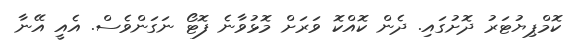
ކޮމްޕިޔުޓަރު ދޮށުގައި. ދެން ކޮއްކޮ ވަރަށް މޮޅުވާނެ ފޮޓޯ ނަގަންވެސް. އެއީ އޭނާ